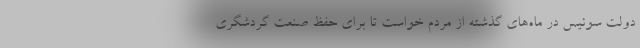
دولت سوئیس در ماه‌های گذشته از مردم خواست تا برای حفظ صنعت گردشگری